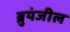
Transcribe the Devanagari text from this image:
ब्रुयंजील